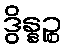
ဒွိန္နဉ္စ